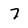
Character: 7